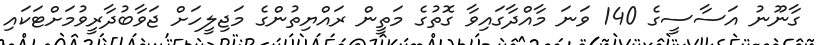
ގާނޫނު އަސާސީގެ 140 ވަނަ މާއްދާގައިވާ ގޮތުގެ މަތީން ރައްޔިތުންގެ މަޖިލީހަށް ޖަވާބުދާރީވުމަށްޓަކައި